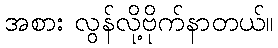
အစား လွန်လို့ဗိုက်နာတယ်။